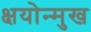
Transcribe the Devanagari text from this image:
क्षयोन्मुख